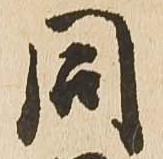
同